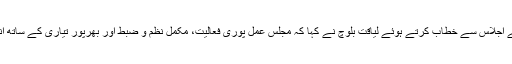
مرکزی پارلیمانی بورڈ کے اجلاس سے خطاب کرتے ہوئے لیاقت بلوچ نے کہا کہ مجلس عمل پوری فعالیت، مکمل نظم و ضبط اور بھرپور تیاری کے ساتھ انتخابی میدان میں اتری ہے۔